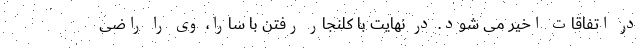
در اتفاقات اخیر می شود. در نهایت با کلنجار رفتن با سارا، وی را راضی